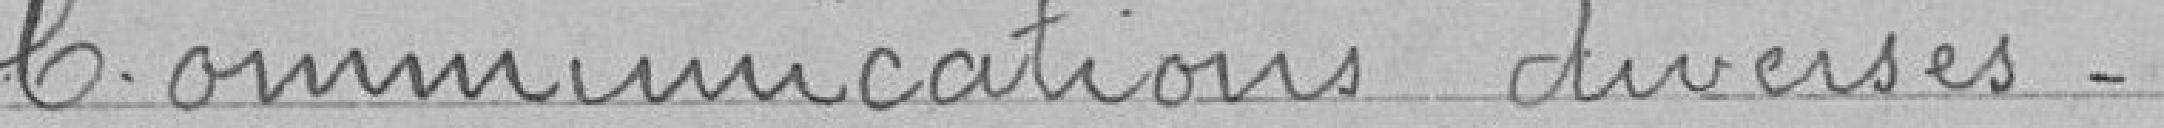
Communications diverses.